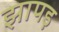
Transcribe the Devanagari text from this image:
झापड़